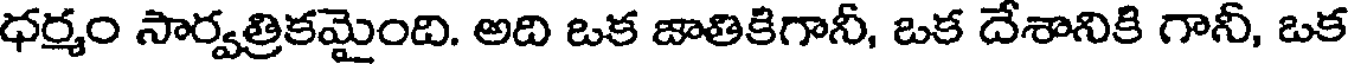
ధర్మం సార్వత్రికమైంది. అది ఒక జాతికిగానీ, ఒక దేశానికి గానీ, ఒక